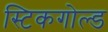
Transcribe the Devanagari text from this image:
स्टिकगोल्ड